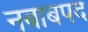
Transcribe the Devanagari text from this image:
नबाबपद